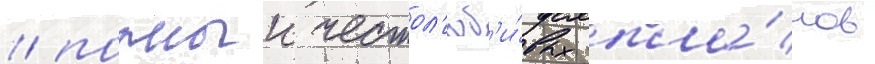
/ полныи честол'юб'и́вых пла́нов